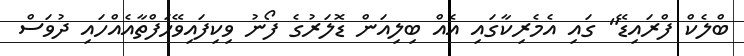
ބްލެކް ފްރައިޑޭ" ގައި އެމެރިކާގައި އެއް ބިލިއަން ޑޮލަރުގެ ފޯނު ވިކިފައިވޭހަފްތާއެއްހައި ދުވަސް